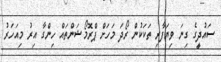
ސައުދީގެ ގިނަ ވިޔަފާރި ތަކަކުން ރޯދަ މަހަށް ޕްރޮމޯޝަންތައް ހިންގާ އިރު މިއަހަރު